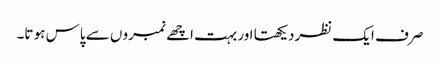
صر ف ایک نظردیکھتا اور بہت اچھے نمبرو ں سے پاس ہو تا۔